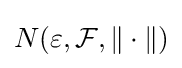
N(\varepsilon ,{\mathcal {F}},\|\cdot \|)